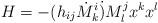
LaTeX: \begin{align*}H=-(h_{ij} \dot{M}^i_k\dot{)} M^j_l x^k x^l\end{align*}